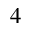
^ { 4 }